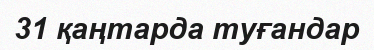
31 қаңтарда туғандар